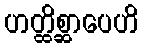
ဟတ္ထိစ္ဆာပေဟိ